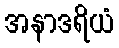
အနာဒရိယံ